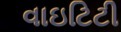
વાઇટિટી